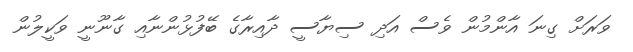
ވަރަށް ގިނަ އާންމުން ވެސް އަދި ސިޔާސީ ދާއިރާގެ ބޭފުޅުންނާއި ގާނޫނީ ވަކީލުން